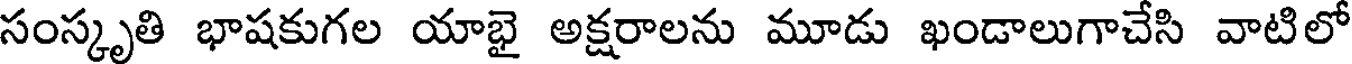
సంస్కృతి భాషకుగల యాభై అక్షరాలను మూడు ఖండాలుగాచేసి వాటిలో